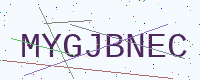
Text: MYGJBNEC